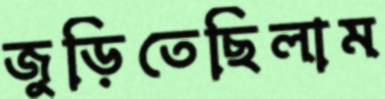
জুড়িতেছিলাম